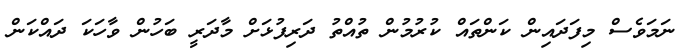
ނަމަވެސް މިފަދައިން ކަންތައް ކުރުމުން ތުއްތު ދަރިފުޅަށް މާދަރީ ބަހުން ވާހަކަ ދައްކަން